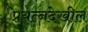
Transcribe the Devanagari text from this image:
प्रयत्‍नदेखील